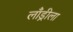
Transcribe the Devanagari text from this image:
लाँड्रीला